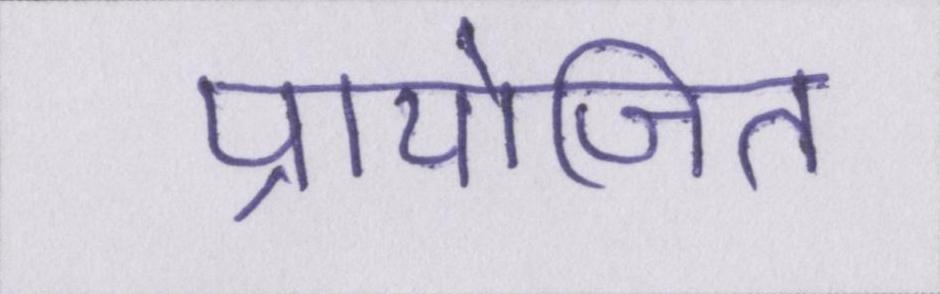
प्रायोजित